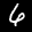
Label: 6